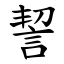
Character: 䛚